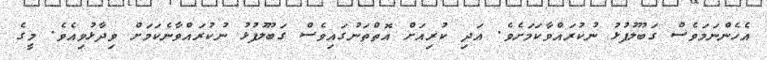
އެހެންނަމަވެސް ގަބޫލުފުޅު ނުކުރައްވާކަމަށެވެ. އަދި ކުރިއަށް އޮތްތަނުގައިވެސް ގަބޫލުފުޅު ނުކުރައްވާނެކަމަށް ވިދާޅުވިއެވެ. މީގެ